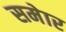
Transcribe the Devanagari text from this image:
समेार